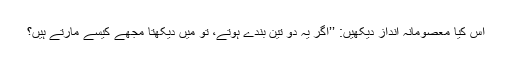
اس کیا معصومانہ انداز دیکھیں: ’’اگر یہ دو تین بندے ہوتے، تو میں دیکھتا مجھے کیسے مارتے ہیں؟